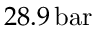
2 8 . 9 \, \mathrm { b a r }